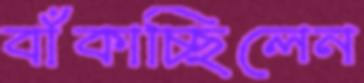
বাঁকাচ্ছিলেন